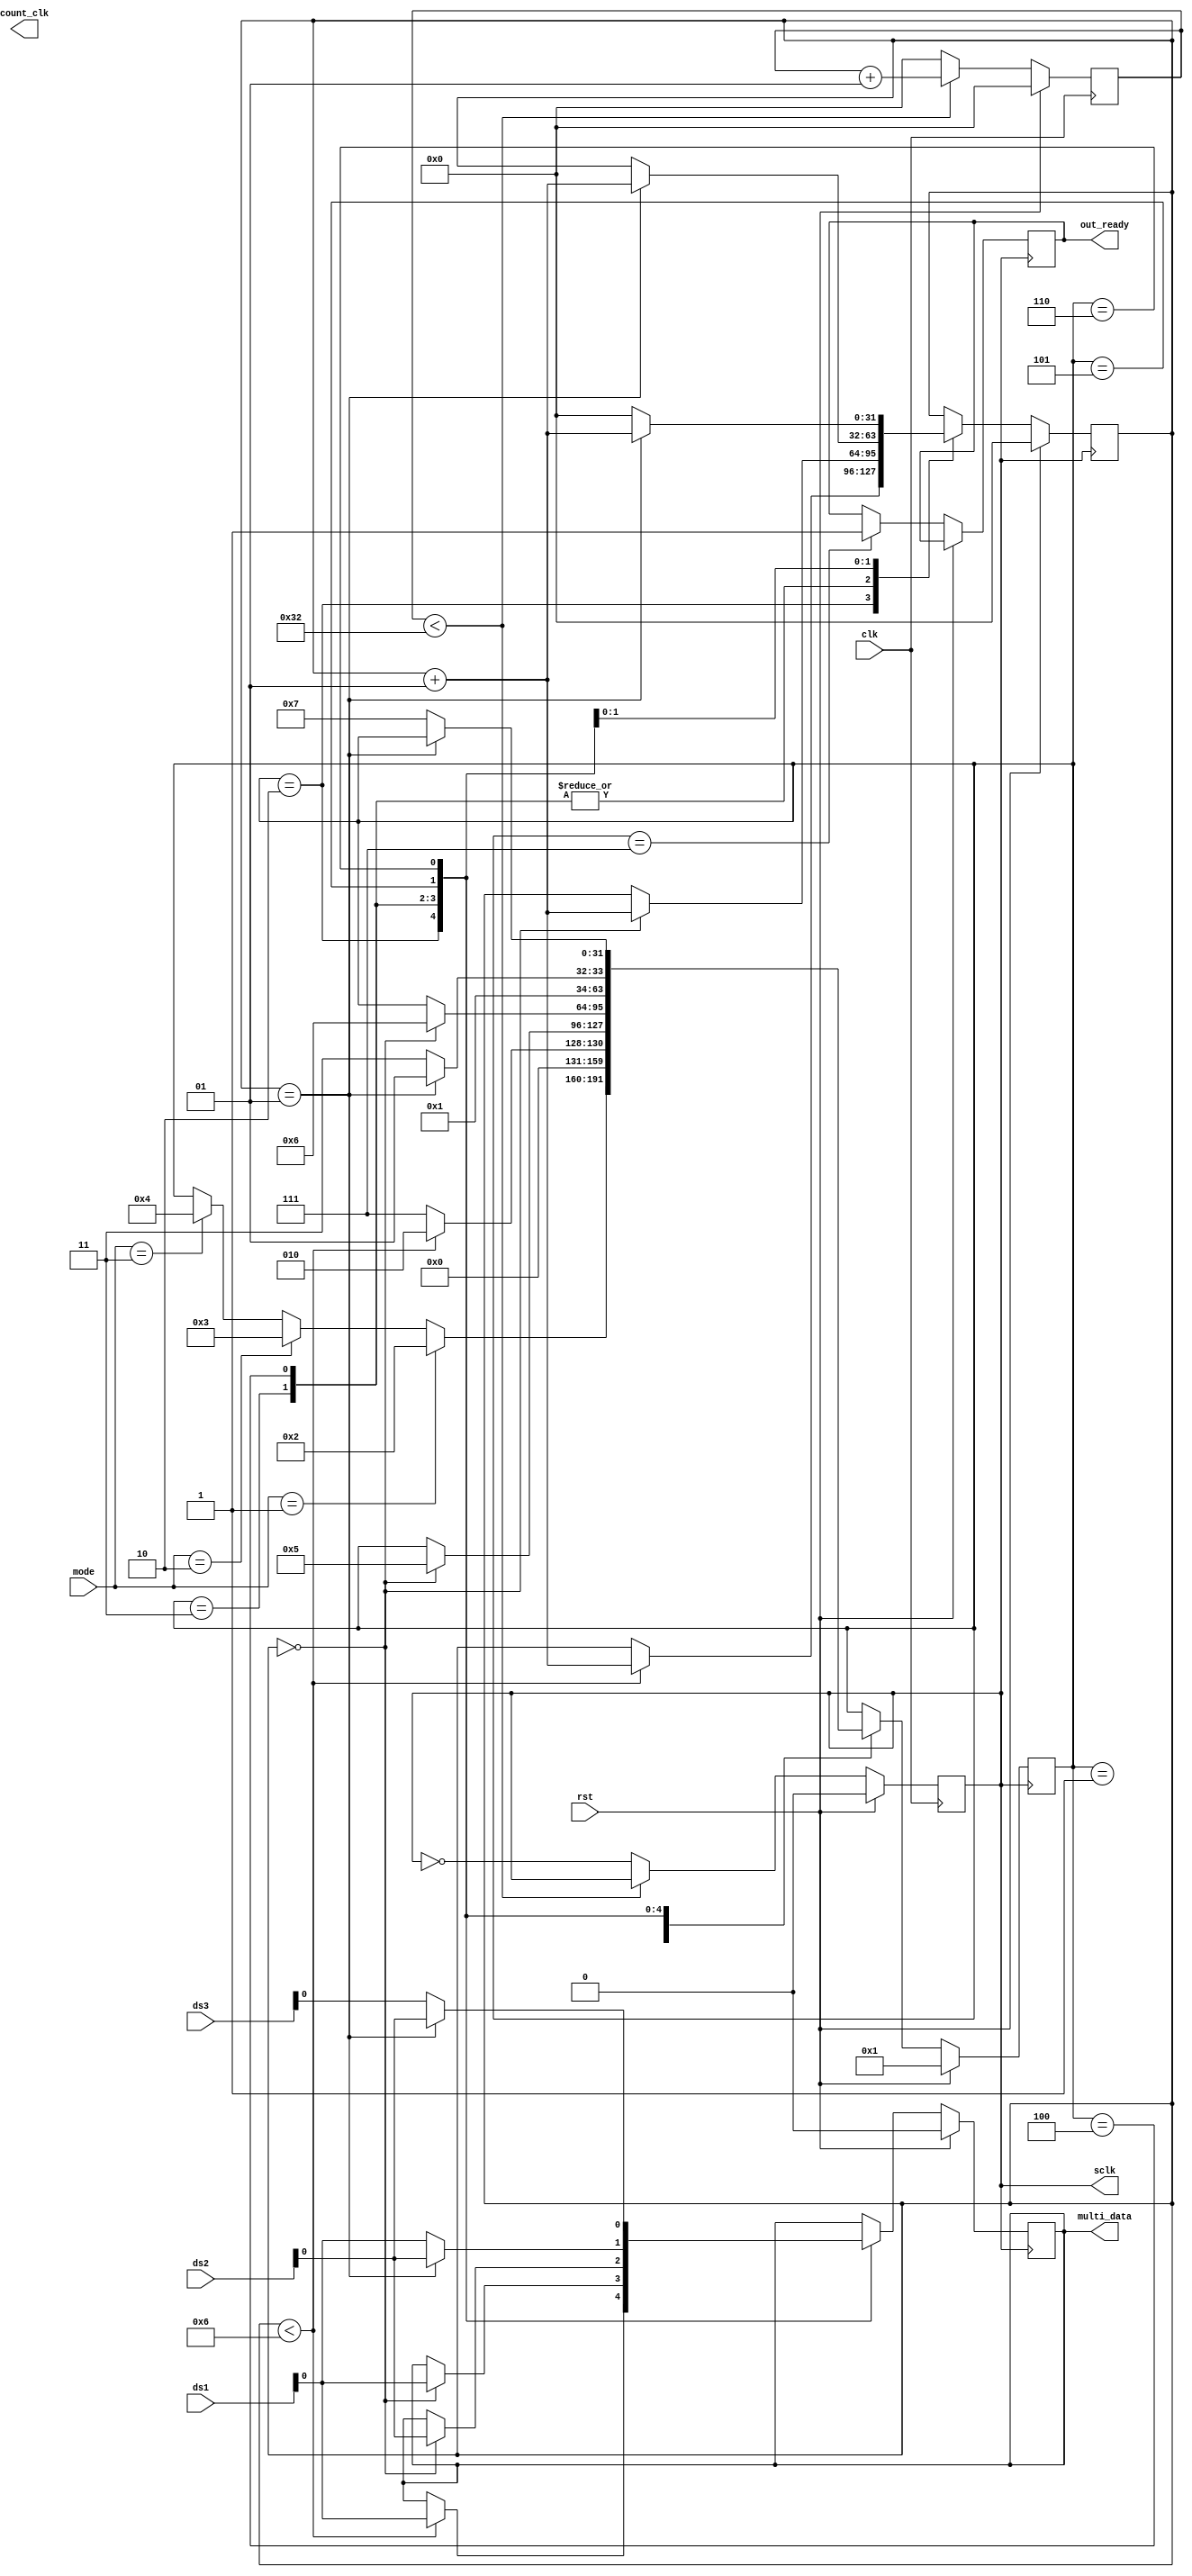
`timescale 1ns / 1ps
//////////////////////////////////////////////////////////////////////////////////
// Company: 
// Engineer: 
// 
// Design Name: 
// Module Name: multiplexing
// Project Name: 
// Target Devices: 
// Tool Versions: 
// Description: 
// 
// Dependencies: 
// 
// Revision:
// Revision 0.01 - File Created
// Additional Comments:
// 
//////////////////////////////////////////////////////////////////////////////////


module multiplexing( input clk ,rst ,
output reg  sclk,count_clk, 
input [1:0]mode,
input  [7:0]ds1,ds2,ds3,
output reg multi_data,
output reg out_ready

    );
    
    integer countc= 0;
    integer count = 0;
    reg [11:0]temp;
    integer state;
    
    
    /// generation of sclk for 1 mhz
    
    always @(posedge clk)
    begin
        if(rst == 1)
            begin
            countc <=0;
            sclk <= 1'b0;
            end
    
        else
            begin
             if(countc<50)
              begin
             countc <= countc+1;
              end
             else
              begin
              countc<=0;
              sclk = ~sclk;
              end         
            end
    
    end
    
    
   always@(posedge sclk)
   begin
       if(rst==1)
       begin
       multi_data <= 0;
       state <= 1;
       count <= 0;
       
       end
       else 
       begin
         case(state)
               1:
               begin
                  if(mode==1)
                  state <= 2;
                  else if (mode==2)
                  state <= 3;
                  else if(mode==3)
                  state <= 4;
               end
               2 :
               begin
                  if(count<6)
                      begin
                      multi_data <= ds1;
                      count <= count+1;
                      state<= 2;
                      end
                   else
                   state <= 7 ; //done
                   
               end
               
               3:
               begin
                  if(count==0)
                   begin
                     multi_data <= ds1;
                     count <= count+1;
                      state<= 5;
                   end
                  
                  
               end
               
               4:
               begin
               if(count==0)
                   begin
                      multi_data <= ds2;
                      count<=count+1;
                       state <= 6;
                   end
             
               
               end
               
               
               
              5 :
              begin
                if(count==1)
                 begin
                    multi_data <= ds2;
                    count <= count+1;
                    state<= 5;
                 end
                else
                begin
                 multi_data <= ds1;
                 state<= 7; //Done
                end
              
              end
              
             6:
             begin
               if(count==1)
                   begin
                    multi_data <= ds2;
                     count<= count+1;
                   end
                  
               else 
               begin
                multi_data <= ds3;
                state<= 7;//done
                count <=0;
               end
             end
             
            7: // out_ready == Done state
            begin
            out_ready <= 1;
            end
          endcase
   
      end
   end
   
   
   
   
   
   
    endmodule